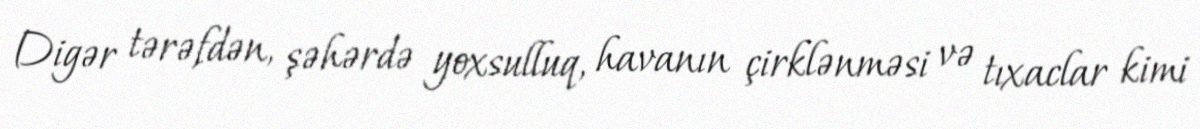
Digər tərəfdən, şəhərdə yoxsulluq, havanın çirklənməsi və tıxaclar kimi